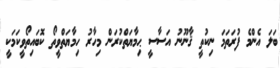
ބަލަ އެންމެ ފުރަތަމަ ނިކުތީ ޤާނޫނު އަސާސީ ޙިމާޔަތްކުރަން މިހާރު ހިމާޔަތްވީތޯ ކޮބައިތޯވީކަމަކީ